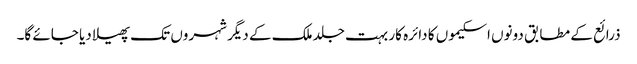
ذرائع کے مطابق دونوں اسکیموں کا دائرہ کار بہت جلد ملک کے دیگر شہروں تک پھیلا دیا جائے گا۔